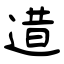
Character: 逪